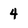
Character: 4